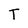
Character: T